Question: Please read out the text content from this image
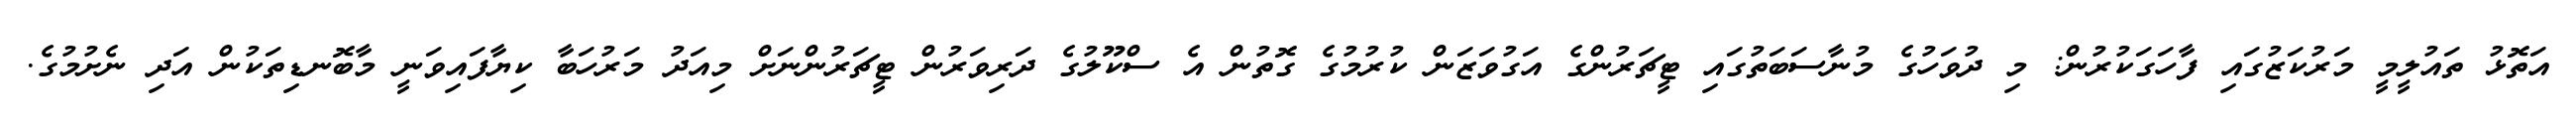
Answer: އަތޮޅު ތައުލީމީ މަރުކަޒުގައި ފާހަގަކުރުން: މި ދުވަހުގެ މުނާސަބަތުގައި ޓީޗަރުންގެ އަގުވަޒަން ކުރުމުގެ ގޮތުން އެ ސްކޫލުގެ ދަރިވަރުން ޓީޗަރުންނަށް މިއަދު މަރުހަބާ ކިޔާފައިވަނީ މާބޮނޑިތަކުން އަދި ނެށުމުގެ.